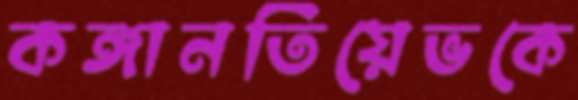
কঙ্গানতিয়েভকে